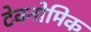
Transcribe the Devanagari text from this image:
टेक्नोमिक